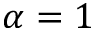
\alpha = 1